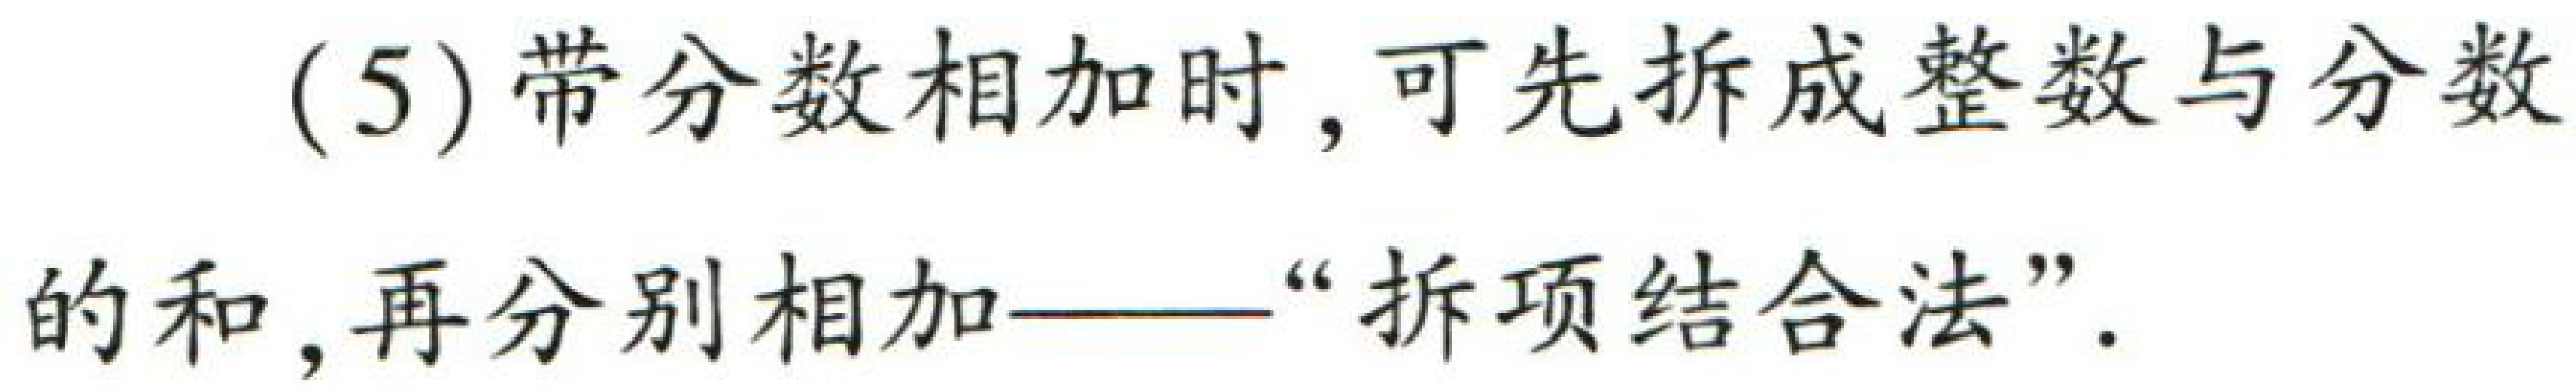
(5) 带分数相加时, 可先拆成整数与分数的和, 再分别相加——“拆项结合法”.